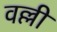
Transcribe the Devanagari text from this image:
वल्लीं